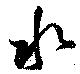
水